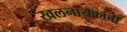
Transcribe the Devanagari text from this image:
खलनायकांची